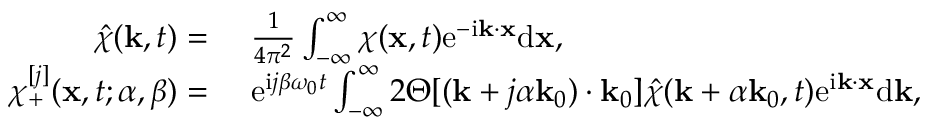
\begin{array} { r l } { \hat { \chi } ( \mathbf { k } , t ) = ~ } & { \frac { 1 } { 4 \pi ^ { 2 } } \int _ { - \infty } ^ { \infty } \chi ( \mathbf { x } , t ) \mathrm { e } ^ { - \mathrm { i } \mathbf { k } \cdot \mathbf { x } } \mathrm { d } \mathbf { x } , } \\ { \chi _ { + } ^ { [ j ] } ( \mathbf { x } , t ; \alpha , \beta ) = ~ } & { \mathrm { e } ^ { \mathrm { i } j \beta \omega _ { 0 } t } \int _ { - \infty } ^ { \infty } 2 \Theta [ ( \mathbf { k } + j \alpha \mathbf { k } _ { 0 } ) \cdot \mathbf { k } _ { 0 } ] \hat { \chi } ( \mathbf { k } + \alpha \mathbf { k } _ { 0 } , t ) \mathrm { e } ^ { \mathrm { i } \mathbf { k } \cdot \mathbf { x } } \mathrm { d } \mathbf { k } , } \end{array}